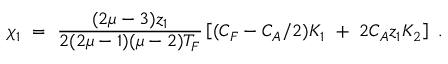
\chi _ { 1 } ~ = ~ \frac { ( 2 \mu - 3 ) z _ { 1 } } { 2 ( 2 \mu - 1 ) ( \mu - 2 ) T _ { F } } \left[ ( C _ { F } - C _ { A } / 2 ) K _ { 1 } ~ + ~ 2 C _ { A } z _ { 1 } K _ { 2 } \right] ~ .